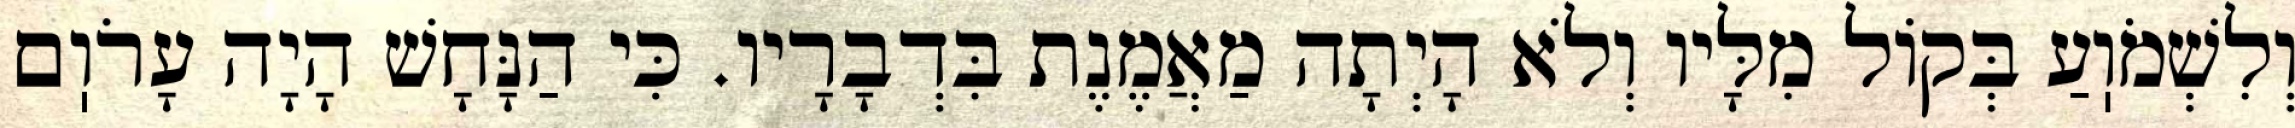
וְלִשְׁמֹוֽעַ בְּקוֹל מִלָּיו וְלֹא הָיְתָה מַאֲמֶנֶת בִּדְבָרָיו. כִּי הַנָּחָשׁ הָיָה עָרֹוֽם